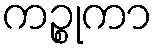
ကဉ္စုကာ